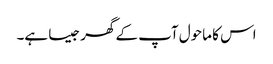
اس کا ماحول آپ کے گھر جیسا ہے۔